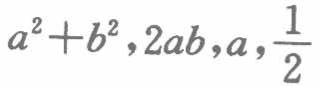
\(a^{2}+b^{2},2ab,a,\frac{1}{2}\)